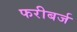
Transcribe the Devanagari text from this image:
फरीबर्ज